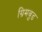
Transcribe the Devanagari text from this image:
ग्रिमवुड